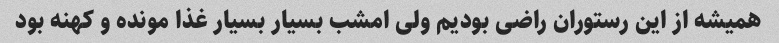
همیشه از این رستوران راضی بودیم ولی امشب بسیار بسیار غذا مونده و کهنه بود